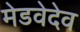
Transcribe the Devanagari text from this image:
मेडवेदेव